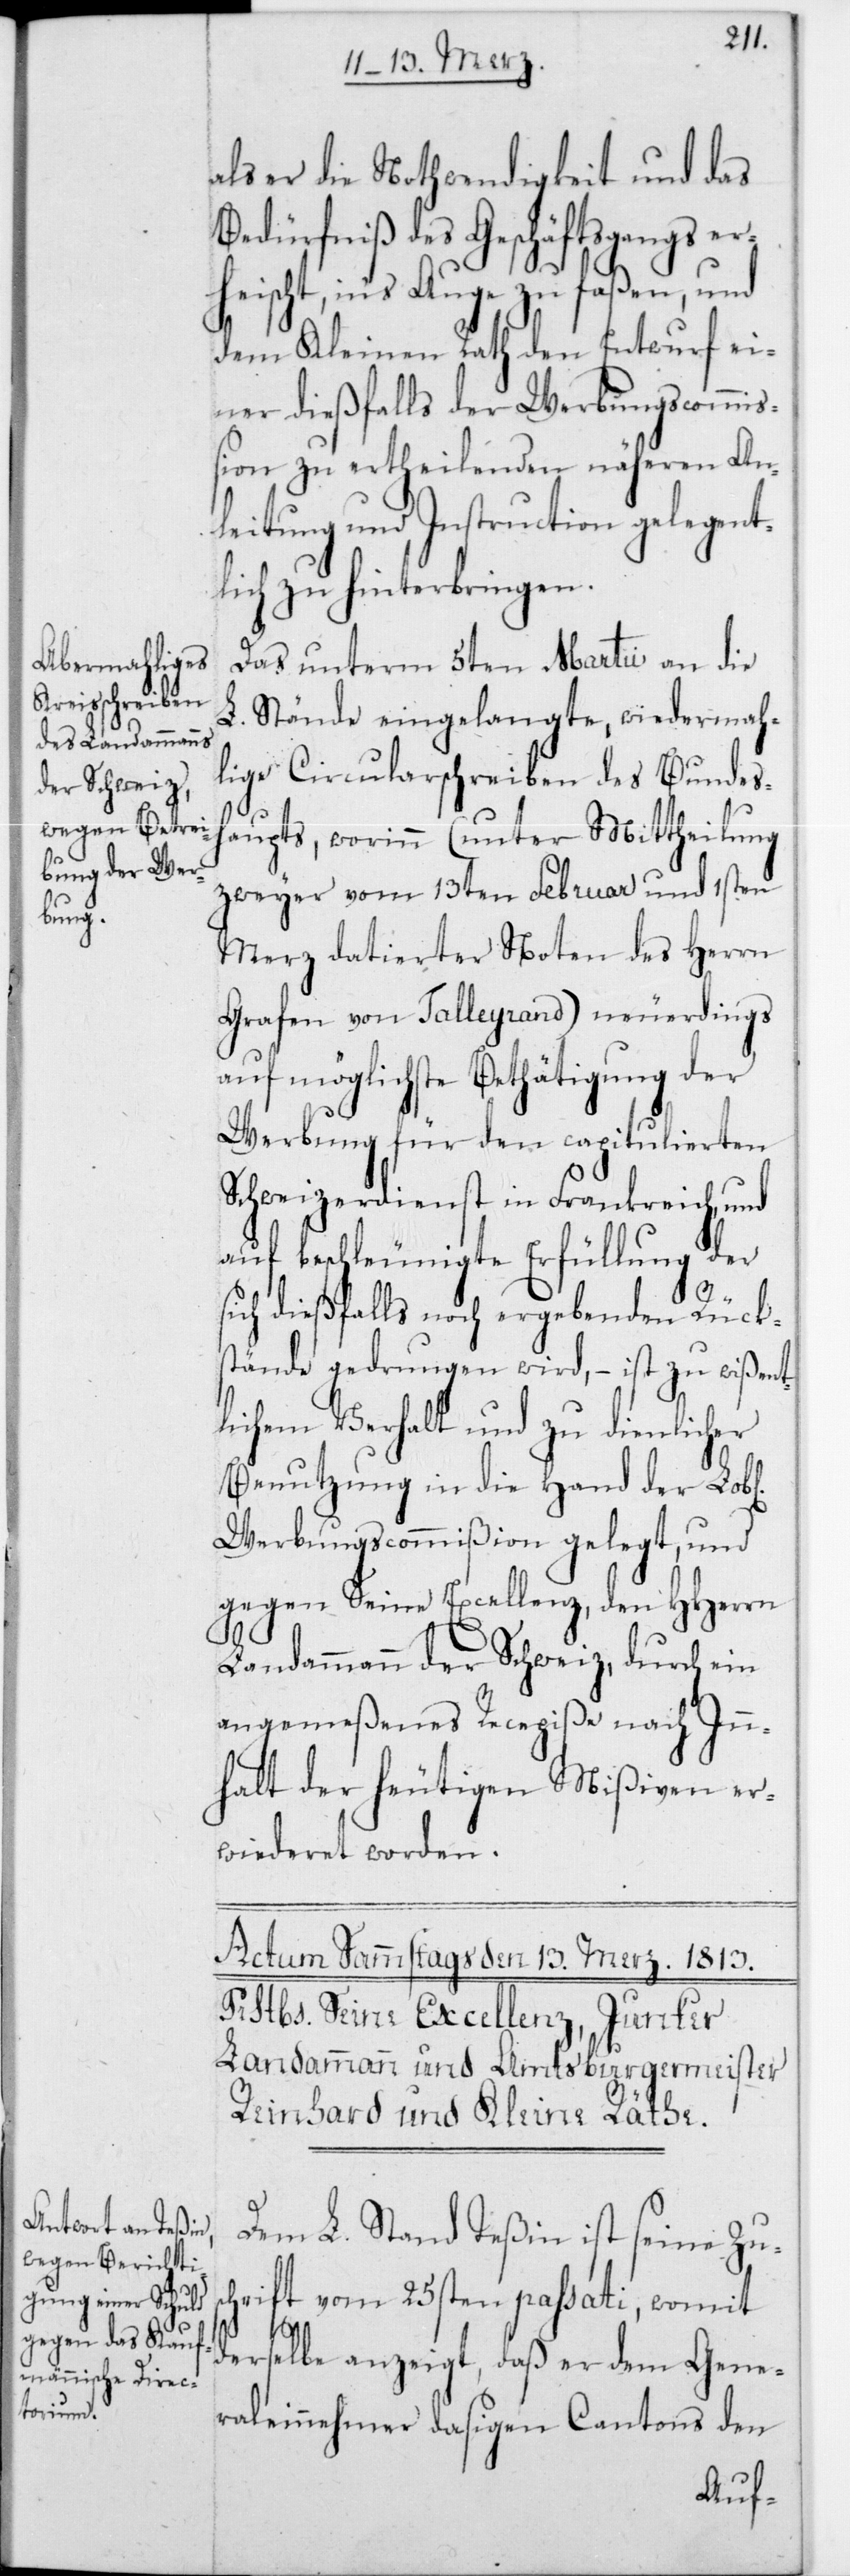
als er die Nothwendigkeit und das
Bedürfniß des Geschäftsgangs er¬
heischt, ins Auge zu faßen, und
dem Kleinen Rath den Entwurf ei¬
ner dießfalls der Werbungscommiß¬
ion zu ertheilenden näheren An¬
leitung und Instruction gelegent¬
lich zu hinterbringen.
Das unterm 5ten Martii an die
L. Stände eingelangte, wiedermah¬
lige Circularschreiben des Bundesh¬
aupts, worinn (unter Mittheilung
zweyer vom 13ten Februar und 1sten
Merz datierter Noten des Herrn
Grafen von Talleyrand) neuerdings
auf möglichste Bethätigung der
Werbung für den capitulierten
Schweizerdienst in Frankreich, und
auf beschleunigte Erfüllung der
sich dießfalls noch ergebenden Rück¬
stände gedrungen wird, – ist zu wißent¬
lichem Verhalt und zu dienlicher
Benutzung in die Hand der Lobl.
Werbungscommißion gelegt, und
gegen Seine Excellenz, den HHerrn
Landammann der Schweiz, durch ein
angemeßenes Recepiße nach Inn¬
halt der heutigen Mißiven er¬
wiederet worden.
Dem L. Stand Teßin ist seine Zus¬
chrift vom 25sten passati, womit
derselbe anzeigt, daß er dem Gene¬
raleinnehmer dasigen Cantons den